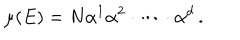
LaTeX: \mu ( E ) = N \alpha ^ { 1 } \alpha ^ { 2 } \cdot \dots \cdot \alpha ^ { d } \, .